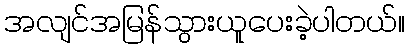
အလျင်အမြန်သွားယူပေးခဲ့ပါတယ်။